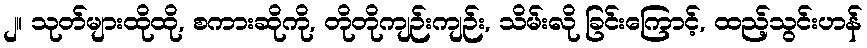
၂။ သုတ်များထိုထို, စကားဆိုကို, တိုတိုကျဉ်းကျဉ်း, သိမ်းလို ခြင်းကြောင့်, ထည့်သွင်းဟန်